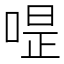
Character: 𠷚